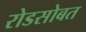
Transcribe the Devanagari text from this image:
रोडसोबत